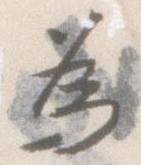
為